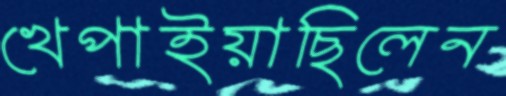
খেপাইয়াছিলেন